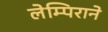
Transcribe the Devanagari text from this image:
लेम्पिराने